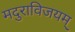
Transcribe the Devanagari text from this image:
मदुराविजयम्